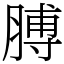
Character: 膊